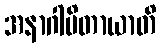
အနာဂါမိတာယာတိ